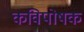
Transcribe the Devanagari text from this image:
कविपोषक